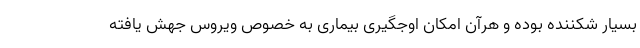
بسیار شکننده بوده و هرآن امکان اوجگیری بیماری به­ خصوص ویروس جهش یافته